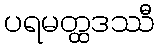
ပရမတ္ထဒဿီ